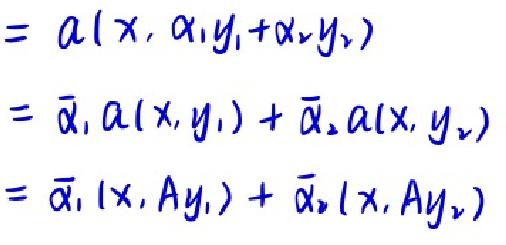
\begin{align*}
&= a(x,\alpha_1y_1 + \alpha_2y_2)\\
&= \overline{\alpha}_1 a(x,y_1)+\overline{\alpha}_2 a(x,y_2)\\
&= \overline{\alpha}_1 (x,Ay_1)+\overline{\alpha}_2 (x,Ay_2)
\end{align*}